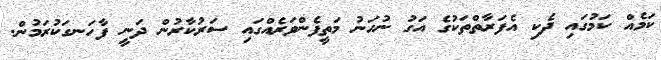
ކަމެއް ކަމުގައި ދެކި އެފަރާތްތަކުގެ އަގު ނުހަނު މަތީފެންވަރެއްގައި ސަރުކާރުން ދަނީ ފާހަނގަކުރަމުން.